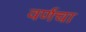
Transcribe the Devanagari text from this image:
वर्णचा